Indian journal of veterinary science and animal husbandry - Volume 13,
Year: 1943
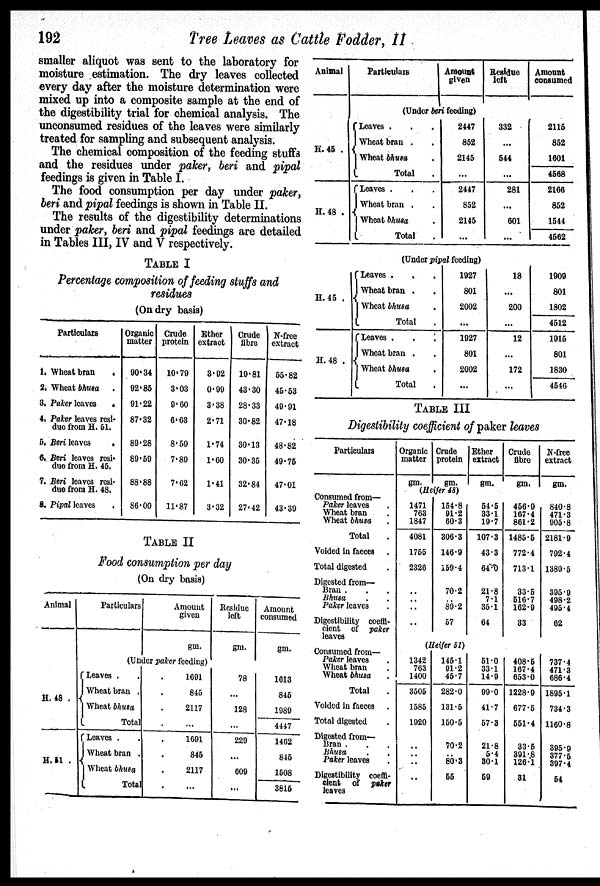
192
Tree Leaves as Cattle Fodder, II
smaller aliquot was sent to the laboratory for
moisture estimation. The dry leaves collected
every day after the moisture determination were
mixed up into a composite sample at the end of
the digestibility trial for chemical analysis. The
unconsumed residues of the leaves were similarly
treated for sampling and subsequent analysis.
The chemical composition of the feeding stuffs
and the residues under paker, beri and pipal
feedings is given in Table I.
The food consumption per day under paker,
beri and pipal feedings is shown in Table II.
The results of the digestibility determinations
under paker, beri and pipal feedings are detailed
in Tables III, IV and V respectively.
TABLE I
Percentage composition of feeding stuffs and
residues
(On dry basis)
Particulars
1. Wheat bran
.
2. Wheat bhusa
.
3. Paker leaves
.
4. Pater leaves resi-
due from H. 51.
5. Beri leaves .
6. Beri leaves resi-
due from H. 45.
7. Beri leaves resi-
due from H. 48.
8. Pipal leaves .
Organic
matter
90.34
92.85
91.22
87.32
89.28
89.59
88.88
86.00
Crude
protein
10.79
3.03
9.60
6.63
8.59
7.89
7.62
11.87
Ether
extract
3.92
0.99
3.38
2.71
1.74
1.60
1.41
3.32
Crude
fibre
19.81
43.30
28.33
30.82
30.13
30.35
32.84
27.42
N-free
extract
55.82
45.53
49.91
47.18
48.82
49.75
47.01
43.39
TABLE II
Food consumption per day
(On dry basis)
Animal
H. 48 .
H. 51 .
Particulars
Amount
given
gm.
(Under paker feeding)
Leaves . . .
Wheat bran . .
Wheat bhusa .
Total .
Leaves . . .
Wheat bran . .
Wheat bhusa .
Total .
1691
845
2117
...
1691
845
2117
...
Residue
left
gm.
78
...
128
...
229
...
609
...
Amount
consumed
gm.
1013
845
1989
4447
1462
845
1508
3815
Animal
H. 45 .
H. 48 .
Particulars
Amount
given
(Under beri feeding)
Leaves . . .
Wheat bran . .
Wheat bhusa .
Total .
Leaves . . .
Wheat bran . .
Wheat bhusa .
Total .
2447
852
2145
...
2447
852
2145
...
Residue
left
332
...
544
...
281
...
601
...
Amount
consumed
2115
852
1601
4568
2166
852
1544
4562
H. 45 .
H. 48 .
(Under pipal feeding)
Leaves . . .
Wheat bran . .
Wheat bhusa .
Total .
Leaves .
.
.
Wheat bran . .
Wheat bhusa .
Total .
1927
801
2002
...
1927
801
2002
...
18
...
200
...
12
...
172
...
1909
801
1802
4512
1915
801
1830
4546
TABLE III
Digestibility coefficient of paker leaves
Particulars
Consumed from—
Paker leaves .
Wheat bran .
Wheat bhusa .
Total .
Voided in faeces .
Total digested .
Digested from—
Bran . . .
Bhusa . .
Paker leaves .
Digestibility coeffi-
cient of paker
leaves
Consumed from—
Paker leaves .
Wheat bran .
Wheat bhusa .
Total .
Voided in faeces .
Total digested .
Digested from—
Bran . . .
Bhusa . .
Paker leaves .
Digestibility coeffi-
cient of paker
leaves
Organic
matter
gm.
Crude
protein
gm.
(Heifer 48)
1471
763
1847
4081
1755
2326
..
.. ..
..
154.8
91.2
60.3
306.3
146.9
159.4
70.2
..
89.2
57
(Heifer 51)
1342
763
1400
3505
1585
1920
..
..
..
..
145.1
91.2
45.7
282.0
131.5
150.5
70.2
.. 80.3
55
Ether
extract
gm.
54.5
33.1
19.7
107.3
43.3
64.0
21.8
7.1
35.1
64
51.0
33.1
14.9
99.0
41.7
57.3
21.8
5.4
30.1
59
Crude
fibre
gm.
456.9
167.4
861.2
1485.5
772.4
713.1
33.5
516.7
162.9
33
408.5
167.4
653.0
1228.9
677.5
551.4
33.5
391.8
126.1
31
N-free
extract
gm.
840.8
471.3
905.8
2181.9
792.4
1389.5
395.9
498.2
495.4
62
737.4
471.3
686.4
1895.1
734.3
1160.8
395.9
377.5
397.4
54